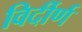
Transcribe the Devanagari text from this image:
विर्दीर्ण